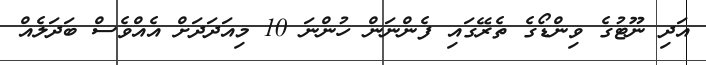
އަދި ނޫޓުގެ ވިންޑޯގެ ތެރޭގައި ފެންނަން ހުންނަ 10 މިއަދަދަށް އެއްވެސް ބަދަލެއް